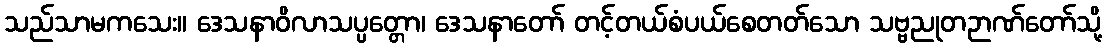
သည်သာမကသေး။ ဒေသနာဝိလာသပ္ပတ္တော၊ ဒေသနာတော် တင့်တယ်စံပယ်စေတတ်သော သဗ္ဗညုတဉာဏ်တော်သို့